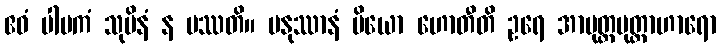
ဧဝံ ပါပကံ သုပိနံ န ပဿတိ။ မနုဿာနံ ပိယော ဟောတီတိ ဥရေ အာမုတ္တမုတ္တာဟာရော